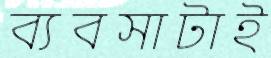
ব্যবসাটাই